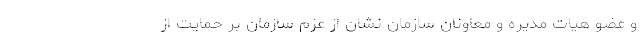
و عضو هیات مدیره و معاونان سازمان نشان از عزم سازمان بر حمایت از